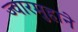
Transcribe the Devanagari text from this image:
ज्वारमुहाने